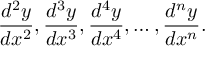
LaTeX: { \frac { d ^ { 2 } y } { d x ^ { 2 } } } , { \frac { d ^ { 3 } y } { d x ^ { 3 } } } , { \frac { d ^ { 4 } y } { d x ^ { 4 } } } , \ldots , { \frac { d ^ { n } y } { d x ^ { n } } } .